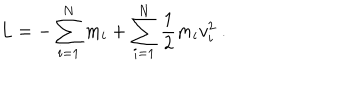
{ L = - \sum _ { i = 1 } ^ { N } m _ { i } + \sum _ { i = 1 } ^ { N } { \frac { 1 } { 2 } } m _ { i } v _ { i } ^ { 2 } \ . }